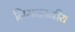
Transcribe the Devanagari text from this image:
निमज्जनीय